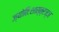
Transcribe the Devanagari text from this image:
ज्योतिःशास्त्रज्ञ